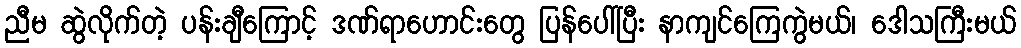
ညီမ ဆွဲလိုက်တဲ့ ပန်းချီကြောင့် ဒဏ်ရာဟောင်းတွေ ပြန်ပေါ်ပြီး နာကျင်ကြေကွဲမယ်၊ ဒေါသကြီးမယ်